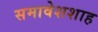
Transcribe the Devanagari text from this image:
समावेशशाह